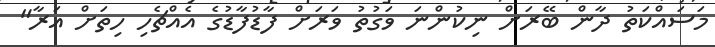
މަސައްކަތު ދާން ބޭރަށް ނިކުންނަ ވަގުތު ވަރަށް ފާޑުފާޑުގެ އެއްޗެހި ހިތަށް އަރާ"